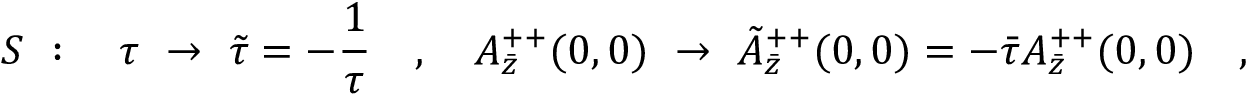
S \ : \ \ \ \tau \ \rightarrow \ \tilde { \tau } = - \frac { 1 } { \tau } \ \ \ , \ \ \ A _ { \bar { z } } ^ { + + } ( 0 , 0 ) \ \rightarrow \ \tilde { A } _ { \bar { z } } ^ { + + } ( 0 , 0 ) = - \bar { \tau } A _ { \bar { z } } ^ { + + } ( 0 , 0 ) \ \ \ ,